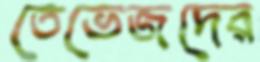
তেভেজদের